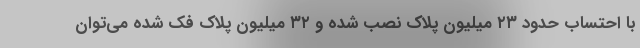
با احتساب حدود ۲۳ میلیون پلاک نصب شده و ۳۲ میلیون پلاک فک شده می‌توان